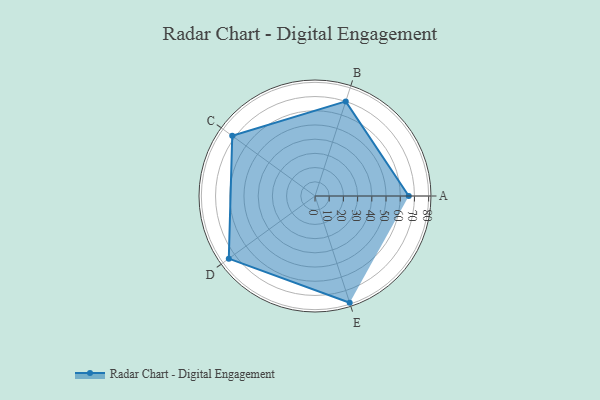
{"axis": {"x": "Skill", "y": "Score"}, "legend": ["Profile"], "data": [{"x": "A", "y": 66.0, "type": "Profile"}, {"x": "B", "y": 70.0, "type": "Profile"}, {"x": "C", "y": 72.0, "type": "Profile"}, {"x": "D", "y": 75.0, "type": "Profile"}, {"x": "E", "y": 79.0, "type": "Profile"}]}